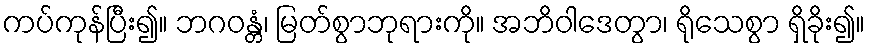
ကပ်ကုန်ပြီး၍။ ဘဂဝန္တံ၊ မြတ်စွာဘုရားကို။ အဘိဝါဒေတွာ၊ ရိုသေစွာ ရှိခိုး၍။